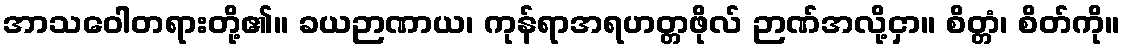
အာသဝေါတရားတို့၏။ ခယဉာဏာယ၊ ကုန်ရာအရဟတ္တဖိုလ် ဉာဏ်အလို့ငှာ။ စိတ္တံ၊ စိတ်ကို။